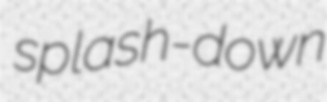
splash-down